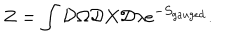
LaTeX: Z = \int { \cal D } \Omega { \cal D } X { \cal D } \lambda e ^ { - S _ { g a u g e d } } .